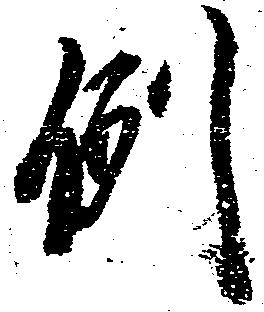
例